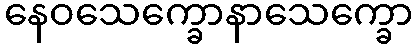
နေဝသေက္ခောနာသေက္ခော